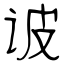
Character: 诐